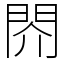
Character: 䦏